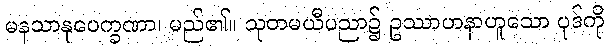
မနသာနုပေက္ခဏာ၊ မည်၏။ သုတမယီပညာ၌ ဥဿာဟနာဟူသော ပုဒ်ကို